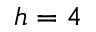
h = 4